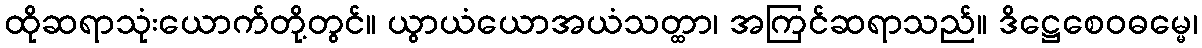
ထိုဆရာသုံးယောက်တို့တွင်။ ယွာယံယောအယံသတ္ထာ၊ အကြင်ဆရာသည်။ ဒိဋ္ဌေစေဝဓမ္မေ၊